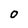
Character: O